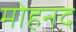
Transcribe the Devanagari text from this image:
मोहनद